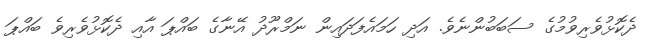
ދެކޮޅުވެރިވުމުގެ ސަބަބުންނެވެ. އަދި ހަމައެފަދައިން ނަމްރޫދު އޭނާގެ ބައްޕަ އާއި ދެކޮޅުވެރިވެ ބައްޕަ